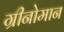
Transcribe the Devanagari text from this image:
ग्रीनोमान